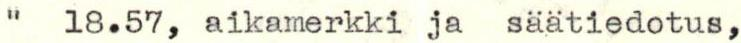
"  18.57, aikamerkki ja säätiedotus,